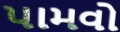
પામવો